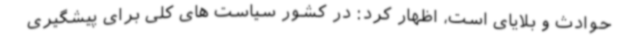
حوادث و بلایای است، اظهار کرد: در کشور سیاست های کلی برای پیشگیری